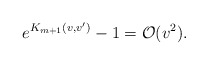
\begin{align*} e^{K_{m+1}(v,v')}-1=\mathcal{O}(v^2).\end{align*}